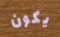
يكون